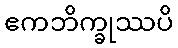
ဧကဘိက္ခုဿပိ